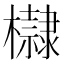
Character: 𣟌